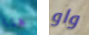
هنا واو